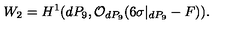
W _ { 2 } = H ^ { 1 } ( d P _ { 9 } , { \cal O } _ { d P _ { 9 } } ( 6 \sigma | _ { d P _ { 9 } } - F ) ) .